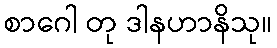
စာဂေါ တု ဒါနဟာနိသု။